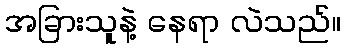
အခြားသူနဲ့ နေရာ လဲသည်။